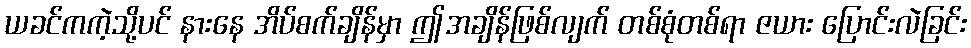
ယခင်ကကဲ့သို့ပင် နားနေ အိပ်စက်ချိန်မှာ ဤအချိန်ဖြစ်လျက် တစ်စုံတစ်ရာ ဇယား ပြောင်းလဲခြင်း